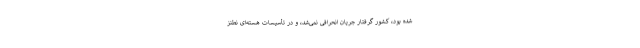
شده بود، کشور گرفتار جریان انحرافی نمی‌شد، و در تأسیسات هسته‌ای نطنز